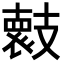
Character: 𭣞